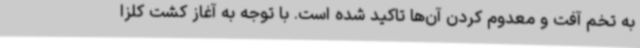
به تخم آفت و معدوم کردن آن‌ها تاکید شده است. با توجه به آغاز کشت کلزا